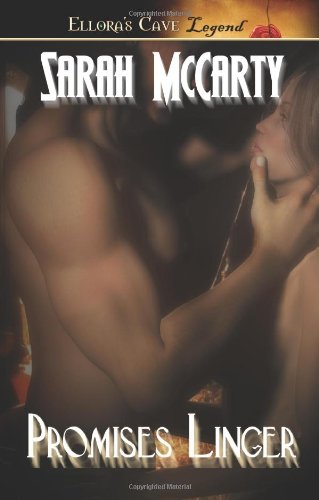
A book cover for Promises Linger; Sarah McCarty; Romance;